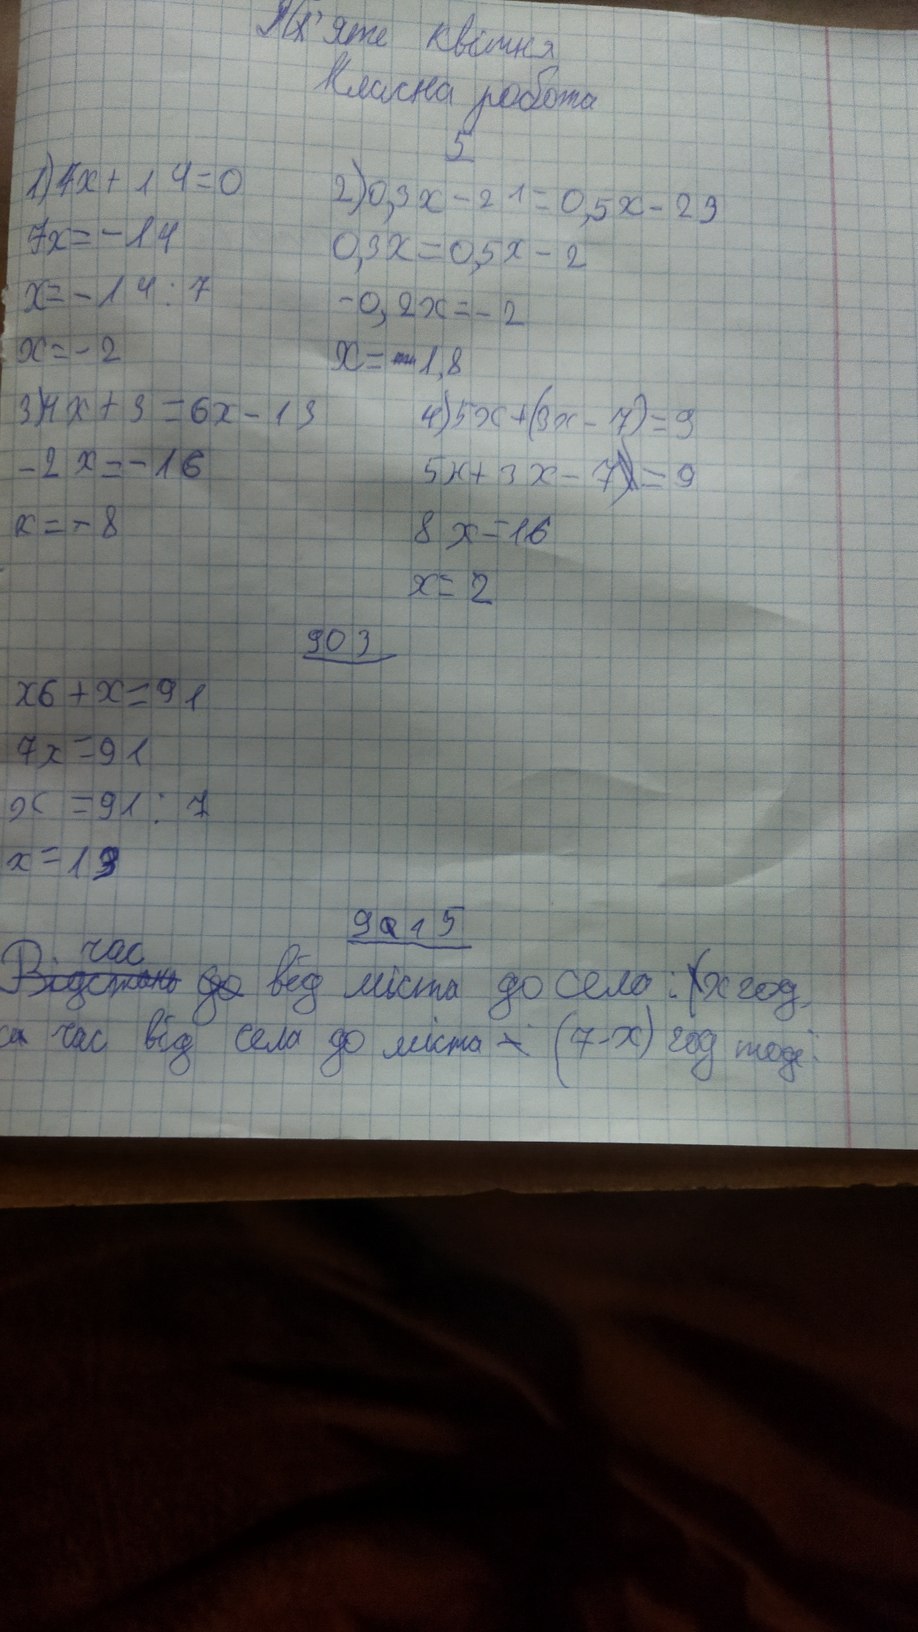
П~~і~~'яте квітня
Класна робота
5
1) 4x + 14 = 0
2) 0,3x - 21 = 0,5x - 23
7x = -14
0,3x = 0,5x - 2
x = -14 : 7
-0,2x = -2
x = -2
x = [illegible] 1,8
3) 4x + 3 = 6x - 13
4) 5x + (3x - 7) = 9
-2x = -16
5x + 3x - 7 ~~)~~= 9
х = - 8
8 x = 16
x = 2
903
x6 + x = 91
7х = 91
x = 91 : 7
x = 13
9~~0~~15
час
~~Відстань~~ ~~до~~ від міста до села : ~~(~~х год.
с~~и~~ час від села до міста ~~-~~ (7-x) год тоді: